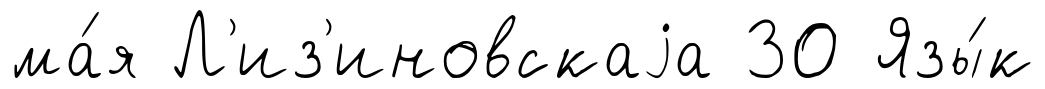
ма́я Л'из'иновскаjа 30 Язы́к